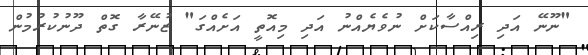
"ނޫނޭ އަދި ރިއްސާކަށް ނުވެޔެއްނު އަދި މިއޮތީ އަށެއްގަ" ޒުނޭރާ ގޮތް ދޫނުކުރުމުން